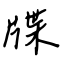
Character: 牒